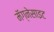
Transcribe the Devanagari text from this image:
मॅग्नेसाइट